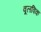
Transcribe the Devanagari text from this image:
वूलविक